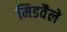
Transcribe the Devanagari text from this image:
मिडवैले